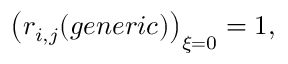
\left( r _ { i , j } ( g e n e r i c ) \right) _ { \xi = 0 } = 1 ,